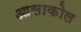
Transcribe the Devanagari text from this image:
आसाकोल